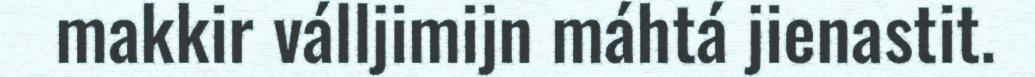
makkir válljimijn máhtá jienastit.